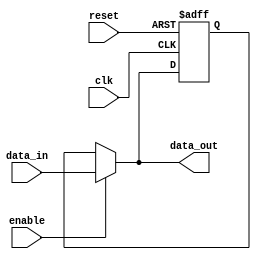
module VariableWidthBypassRegister (
    input wire clk,
    input wire reset,
    input wire enable,
    input wire [7:0] data_in,
    output reg [7:0] data_out
);

reg [7:0] reg_data;

always @(posedge clk or posedge reset) begin
    if (reset) begin
        reg_data <= 8'h0;
    end else if (enable) begin
        reg_data <= data_in;
    end
end

assign data_out = enable ? data_in : reg_data;

endmodule